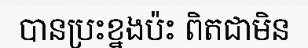
បានប្រះខ្នងប៉ះ ពិតជាមិន